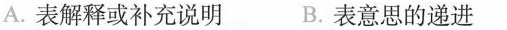
A.表解释或补充说明 B.表意思的递进